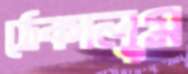
ঠেকালুম